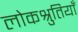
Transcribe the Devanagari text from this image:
लोकश्रुतियाँ